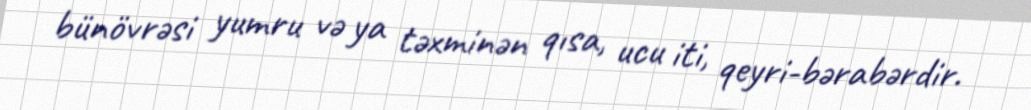
bünövrəsi yumru və ya təxminən qısa, ucu iti, qeyri-bərabərdir.